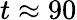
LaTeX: t\approx 90